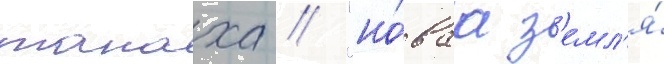
танаха // "но́ваа з'емл'я́